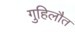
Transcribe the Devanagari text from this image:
गुहिलौत